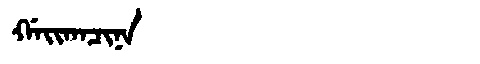
Manchu: ᡤᠠᡳᡴᠠᠴᡳᠨᠠ
Romanization: GAIKACINA